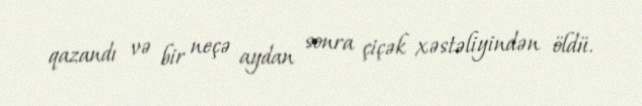
qazandı və bir neçə aydan sonra çiçək xəstəliyindən öldü.